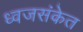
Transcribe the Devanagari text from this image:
ध्वजसंकेत